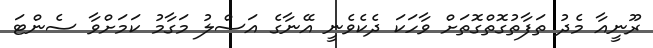
ރޫނީއާ މެދު ތަފާތުގޮތްގޮތަށް ވާހަކަ ދެކެވެނީ އޭނާގެ އަސްލު މަގާމު ކަމަށްވާ ސެންޓަ